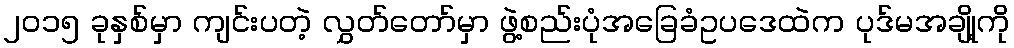
၂၀၁၅ ခုနှစ်မှာ ကျင်းပတဲ့ လွှတ်တော်မှာ ဖွဲ့စည်းပုံအခြေခံဥပဒေထဲက ပုဒ်မအချို့ကို